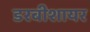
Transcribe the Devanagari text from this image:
डरबीशायर